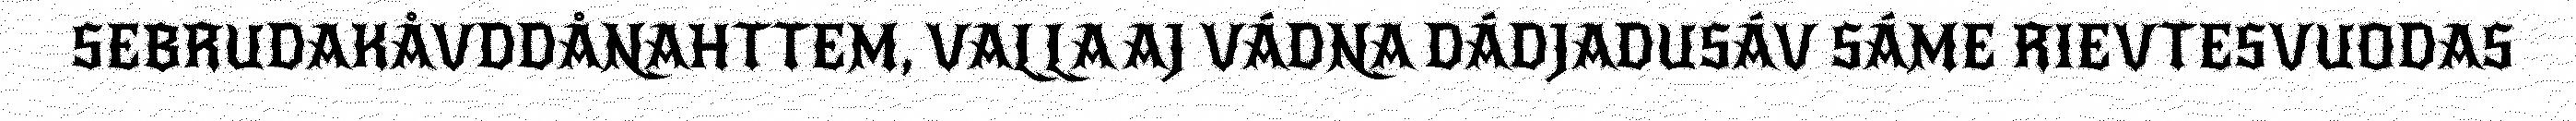
SEBRUDAKÅVDDÅNAHTTEM, VALLA AJ VÁDNA DÁDJADUSÁV SÁME RIEVTESVUODAS